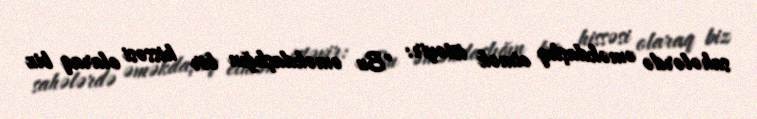
sahələrdə əməkdaşlıq etmək istəyir: "Bu əməkdaşlığın bir hissəsi olaraq biz